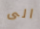
الى